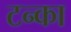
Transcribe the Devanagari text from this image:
टन्का